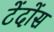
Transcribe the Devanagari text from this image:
टेंदोंस